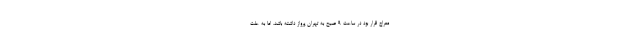
معراج قرار بود در ساعت ۹ صبح به تهران پرواز داشته باشد، اما به علت